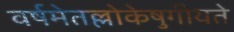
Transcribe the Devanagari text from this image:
वर्षमेतल्लोकेषुगीयते